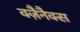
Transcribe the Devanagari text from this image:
क्ज़ैनैक्स